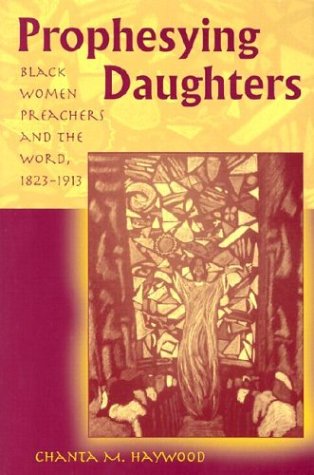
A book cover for Prophesying Daughters: Black Women Preachers and the Word, 1823-1913; Chanta M. Haywood; Christian Books & Bibles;